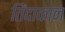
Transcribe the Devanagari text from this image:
तिंदाकान